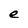
Character: e